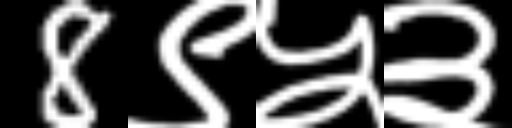
Text: 8९५३